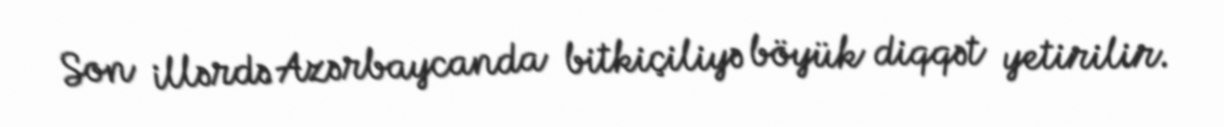
Son illərdə Azərbaycanda bitkiçiliyə böyük diqqət yetirilir.